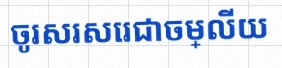
ចូរសរសេរជាចម្លើយ